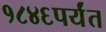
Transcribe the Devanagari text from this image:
१८४६पर्यंत